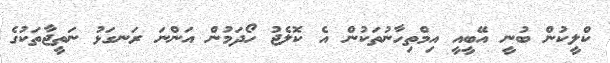
ކްލީކުން ބުނީ އޭބީއީ އިމްތިހާނުތަކުން އެ ކޮލެޖު ހޯދަމުން އަންނަ ރަނގަޅު ނަތީޖާތަކުގެ